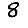
Digit: 8